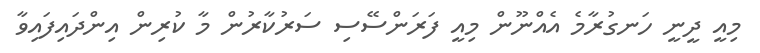
މިއީ ދީނީ ހަނގުރާމެ އެއްނޫން މިއީ ފަރަންސޭސި ސަރުކާރުން މާ ކުރިން އިންދައިފައިވާ